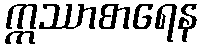
ဣဿာစာရေန